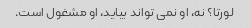
لورتا؟ نه، او نمی تواند بیاید، او مشغول است.